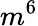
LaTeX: m^{6}